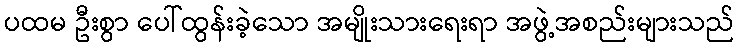
ပထမ ဦးစွာ ပေါ်ထွန်းခဲ့သော အမျိုးသားရေးရာ အဖွဲ့အစည်းများသည်